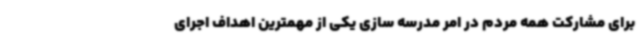
برای مشارکت همه مردم در امر مدرسه سازی یکی از مهمترین اهداف اجرای